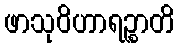
ဖာသုဝိဟာရဉ္စာတိ